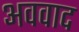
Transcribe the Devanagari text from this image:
अववाद